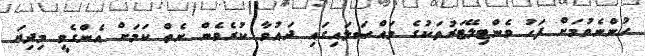
ހުންނެވުމަށް ފަހު ވެންޓިލޭޓަރުތަކުގެ މައްސަލައިގައި ދައުވާ ކުރެވެން ނެތް ކަމަށް އެންގެވީ މިދިޔަ